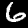
Label: 6